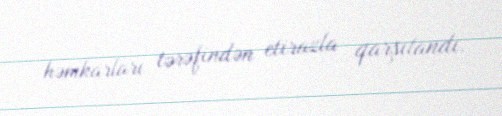
həmkarları tərəfindən etirazla qarşılandı.